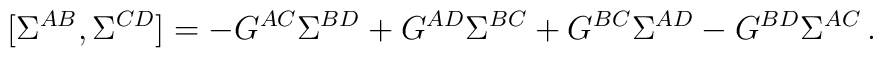
[\Sigma^{AB},\Sigma^{CD}]=-G^{AC}\Sigma^{BD}+G^{AD}\Sigma^{BC}+G^{BC}\Sigma^{AD}-G^{BD}\Sigma^{AC}\,.